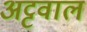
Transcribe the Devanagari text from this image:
अट्टवाल